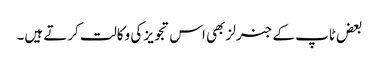
بعض ٹاپ کے جنرلز بھی اس تجویز کی وکالت کرتے ہیں۔